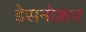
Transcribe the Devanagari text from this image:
डेसनोआर